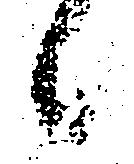
候